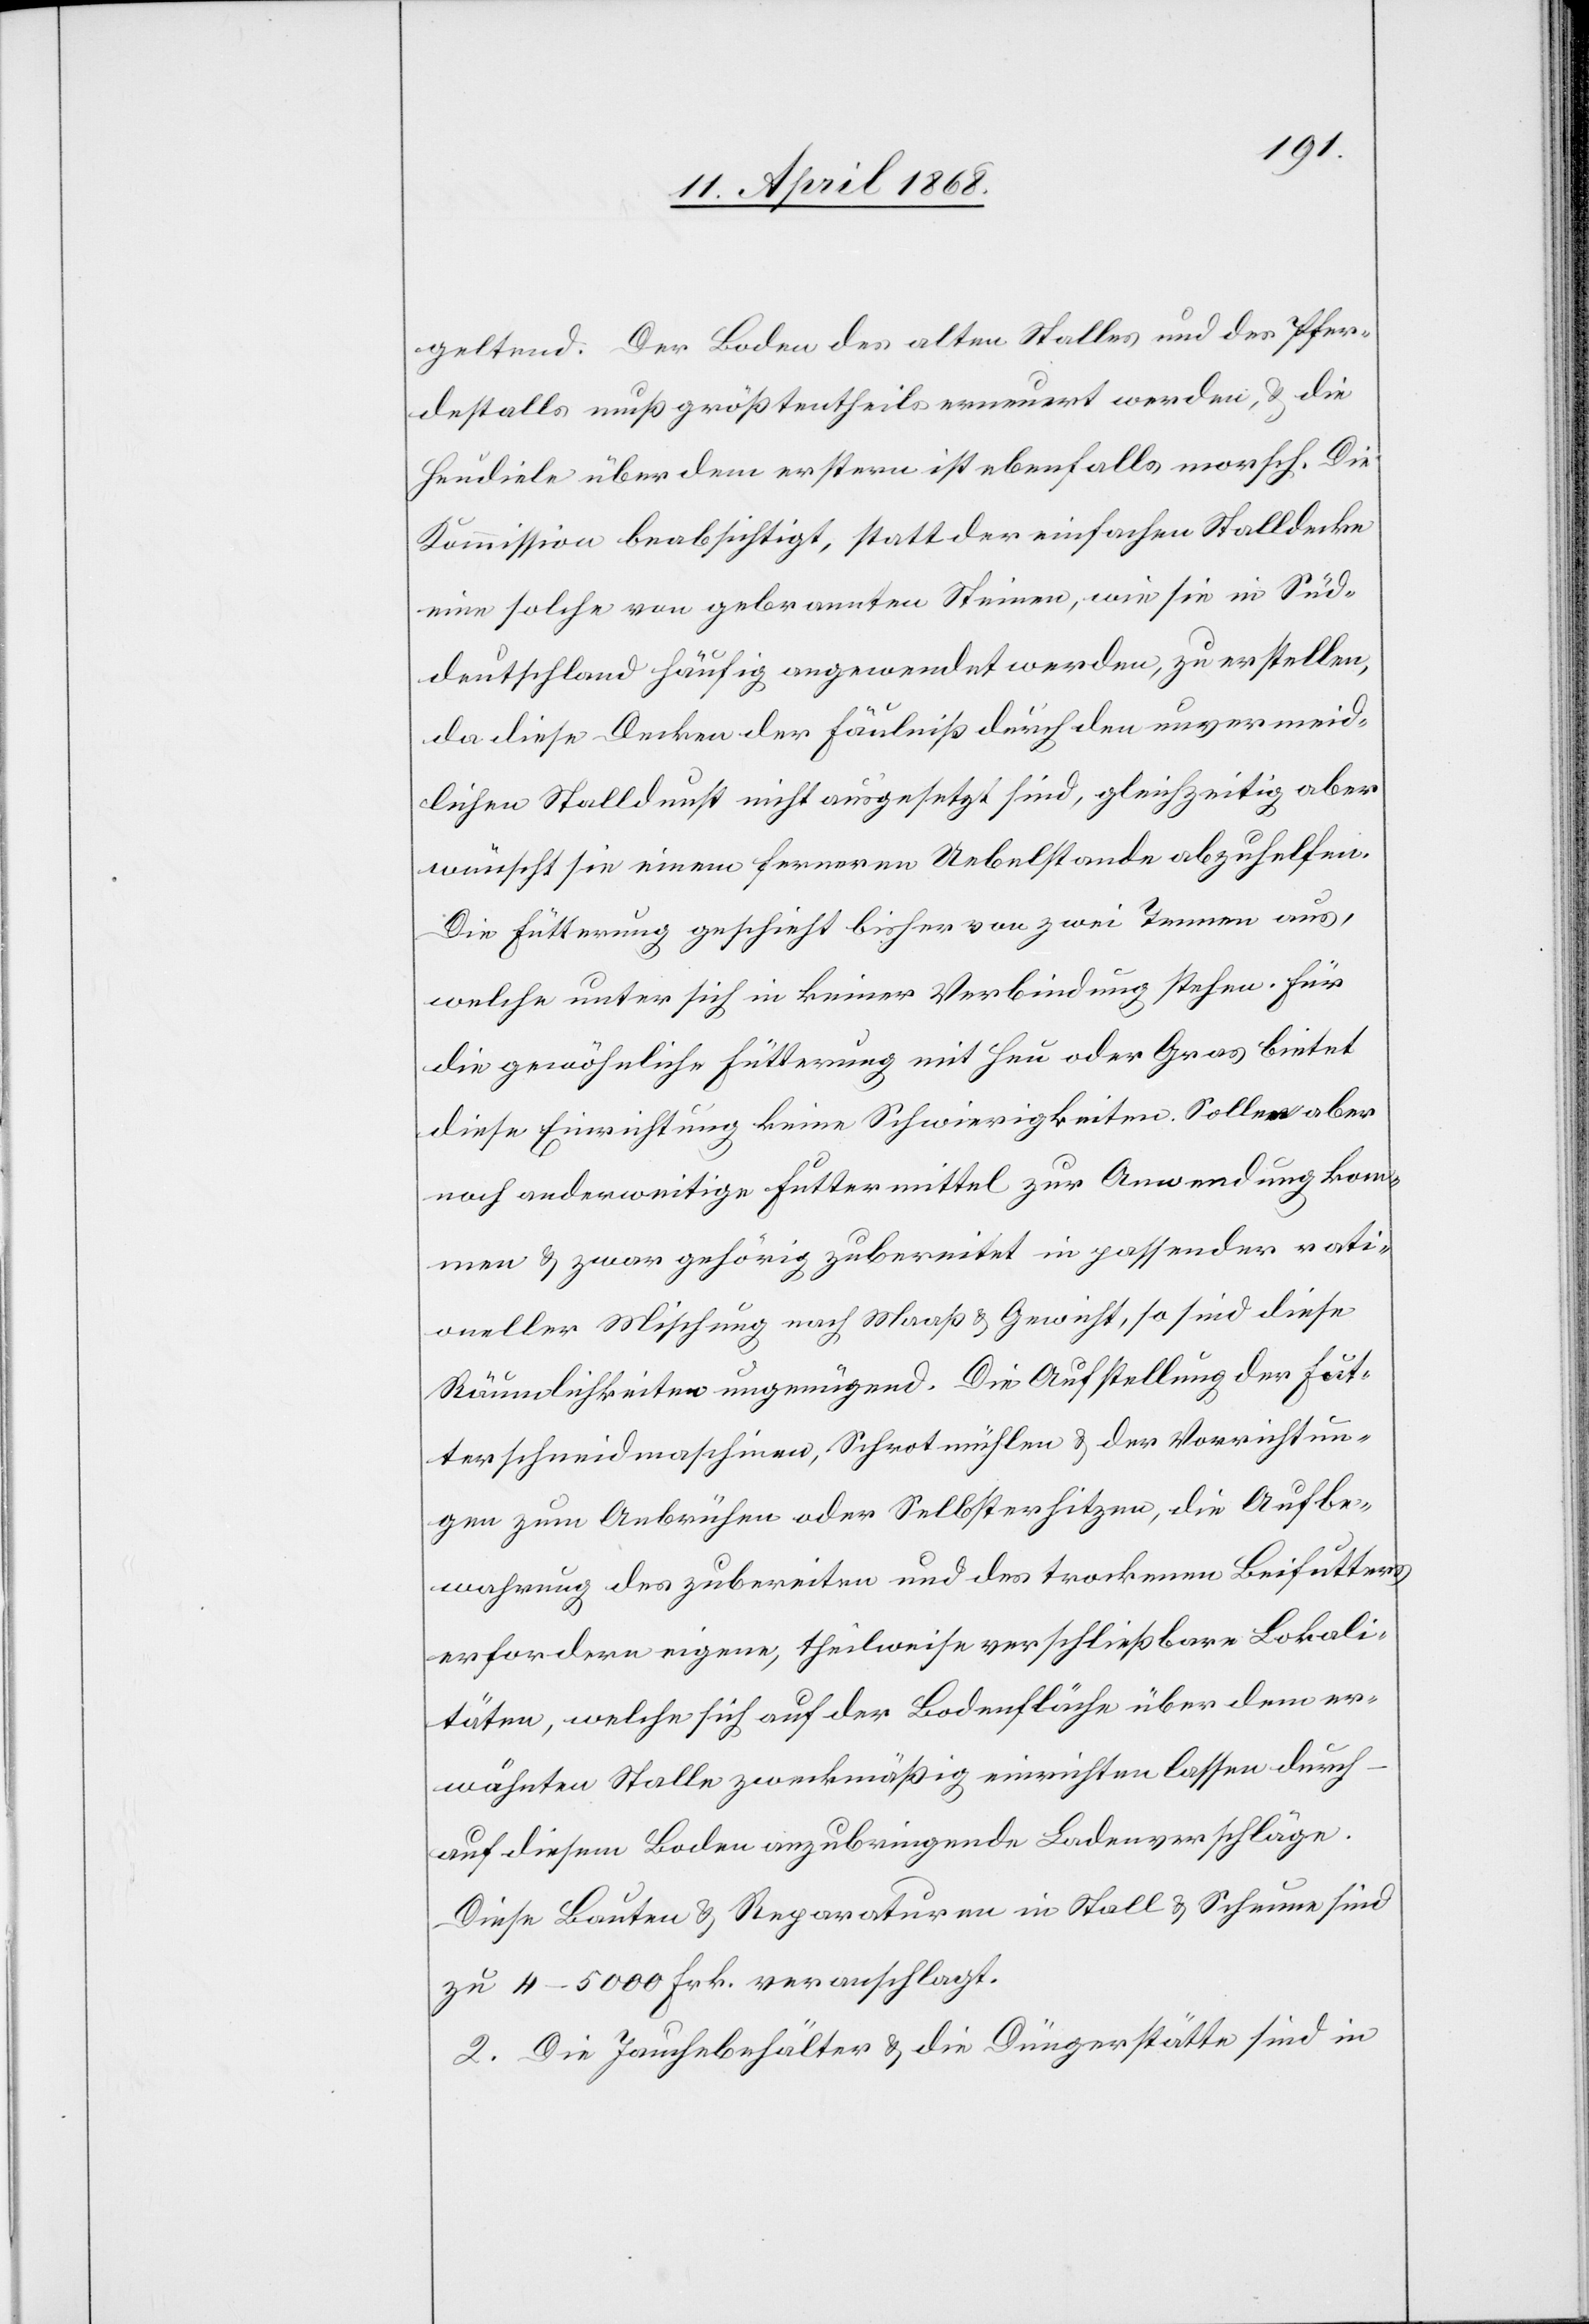
geltend. Der Boden des alten Stalles und des Pfer¬
destalls muß größtentheils erneuert werden, & die
Heudiele über dem erstern ist ebenfalls morsch. Die
Kommission beabsichtigt, statt der einfachen Stalldecke
eine solche von gebrannten Steinen, wie sie in Süd¬
deutschland häufig angewendet werden, zu erstellen,
da diese Decken der Fäulniß durch den unvermeid¬
lichen Stalldunst nicht ausgesetzt sind, gleichzeitig aber
wünscht sie einem ferneren Uebelstande abzuhelfen.
Die Fütterung geschieht bisher von zwei Tennen aus,
welche unter sich in keiner Verbindung stehen. Für
die gewöhnliche Fütterung mit Heu oder Gras bietet
diese Einrichtung keine Schwierigkeiten. Sollen aber
noch anderweitige Futtermittel zur Anwendung kom¬
men & zwar gehörig zubereitet in passender rati¬
oneller Mischung nach Maaß & Gewicht, so sind diese
Räumlichkeiten ungenügend. Die Aufstellung der Fut¬
terschneidmaschinen, Schrotmühlen & der Vorrichtun¬
gen zum Anbrühen oder Selbsterhitzen, die Aufbe¬
wahrung des zubereite[te]n und des trockenen Beifutters
erfordern eigene, theilweise verschließbare Lokali¬
täten, welche sich auf der Bodenfläche über dem er¬
wähnten Stalle zweckmäßig einrichten lassen durch
auf diesem Boden anzubringende Ladenverschläge.
Diese Bauten & Reparaturen in Stall & Scheune sind
zu 4–5000 Frk. veranschlagt.
2. Die Jauchebehälter & die Düngerstätte sind in